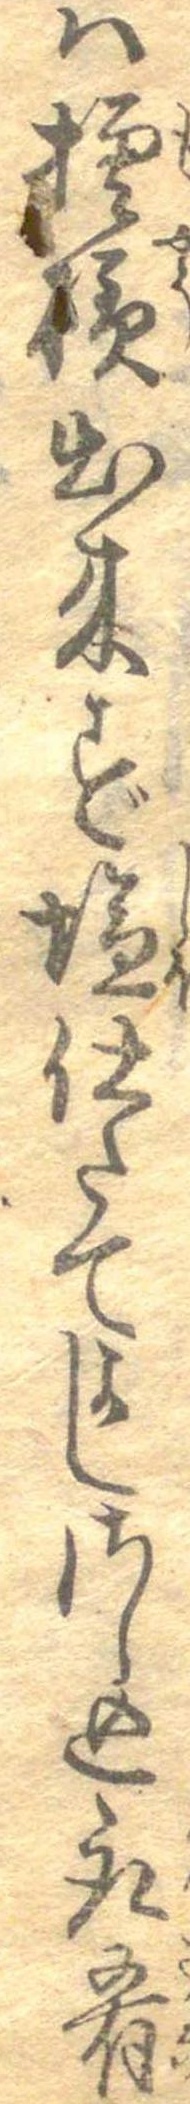
は模様出来ず塩仕たてよしさし込取肴